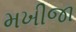
મખીજા